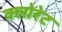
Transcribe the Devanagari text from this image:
क्‍लोरेट